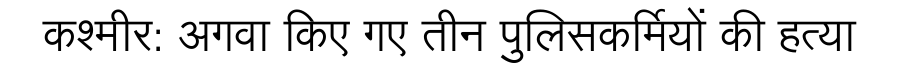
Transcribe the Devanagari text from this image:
कश्मीर: अगवा किए गए तीन पुलिसकर्मियों की हत्या